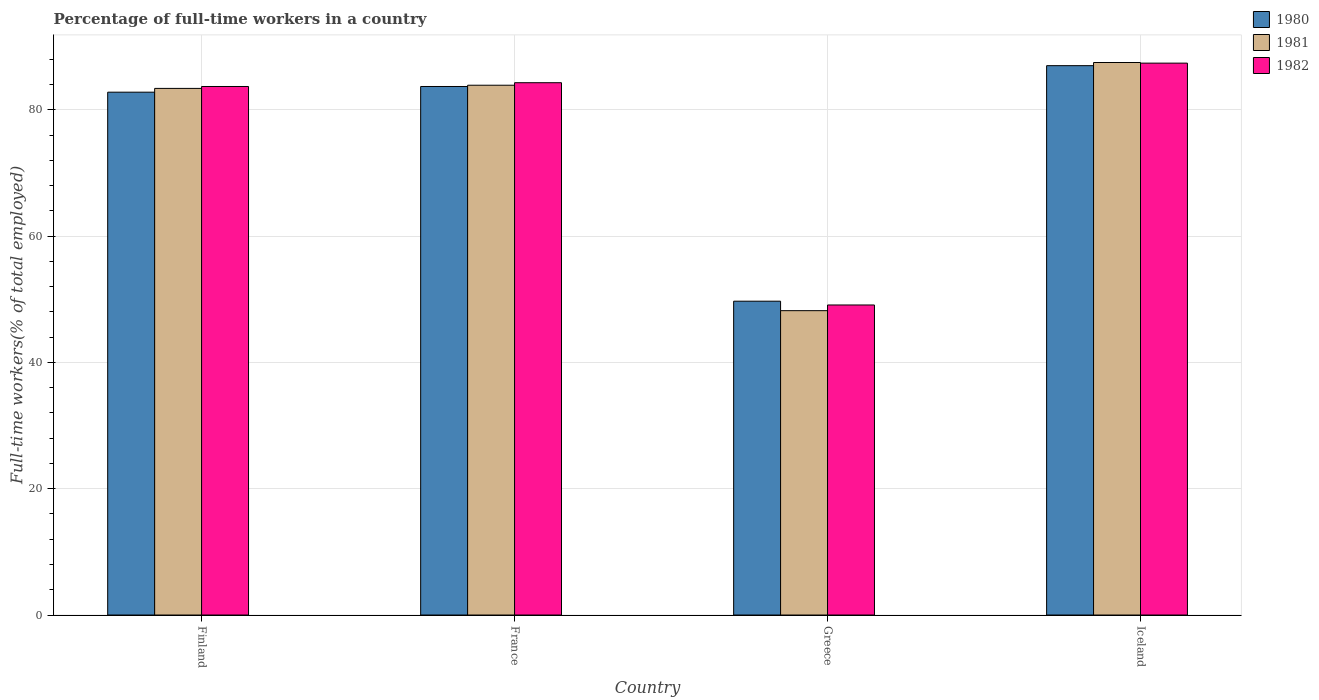
| Country | 1980 | 1981 | 1982 |
 | --- | --- | --- | --- |
 | Finland | 82.8 | 83.4 | 83.7 |
 | France | 83.7 | 83.9 | 84.3 |
 | Greece | 49.7 | 48.2 | 49.1 |
 | Iceland | 87 | 87.5 | 87.4 |